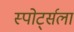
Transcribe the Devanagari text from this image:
स्पोर्ट्सला